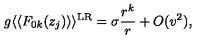
g \langle \langle F _ { 0 k } ( z _ { j } ) \rangle \rangle ^ { \mathrm { L R } } = \sigma \frac { r ^ { k } } { r } + O ( v ^ { 2 } ) ,